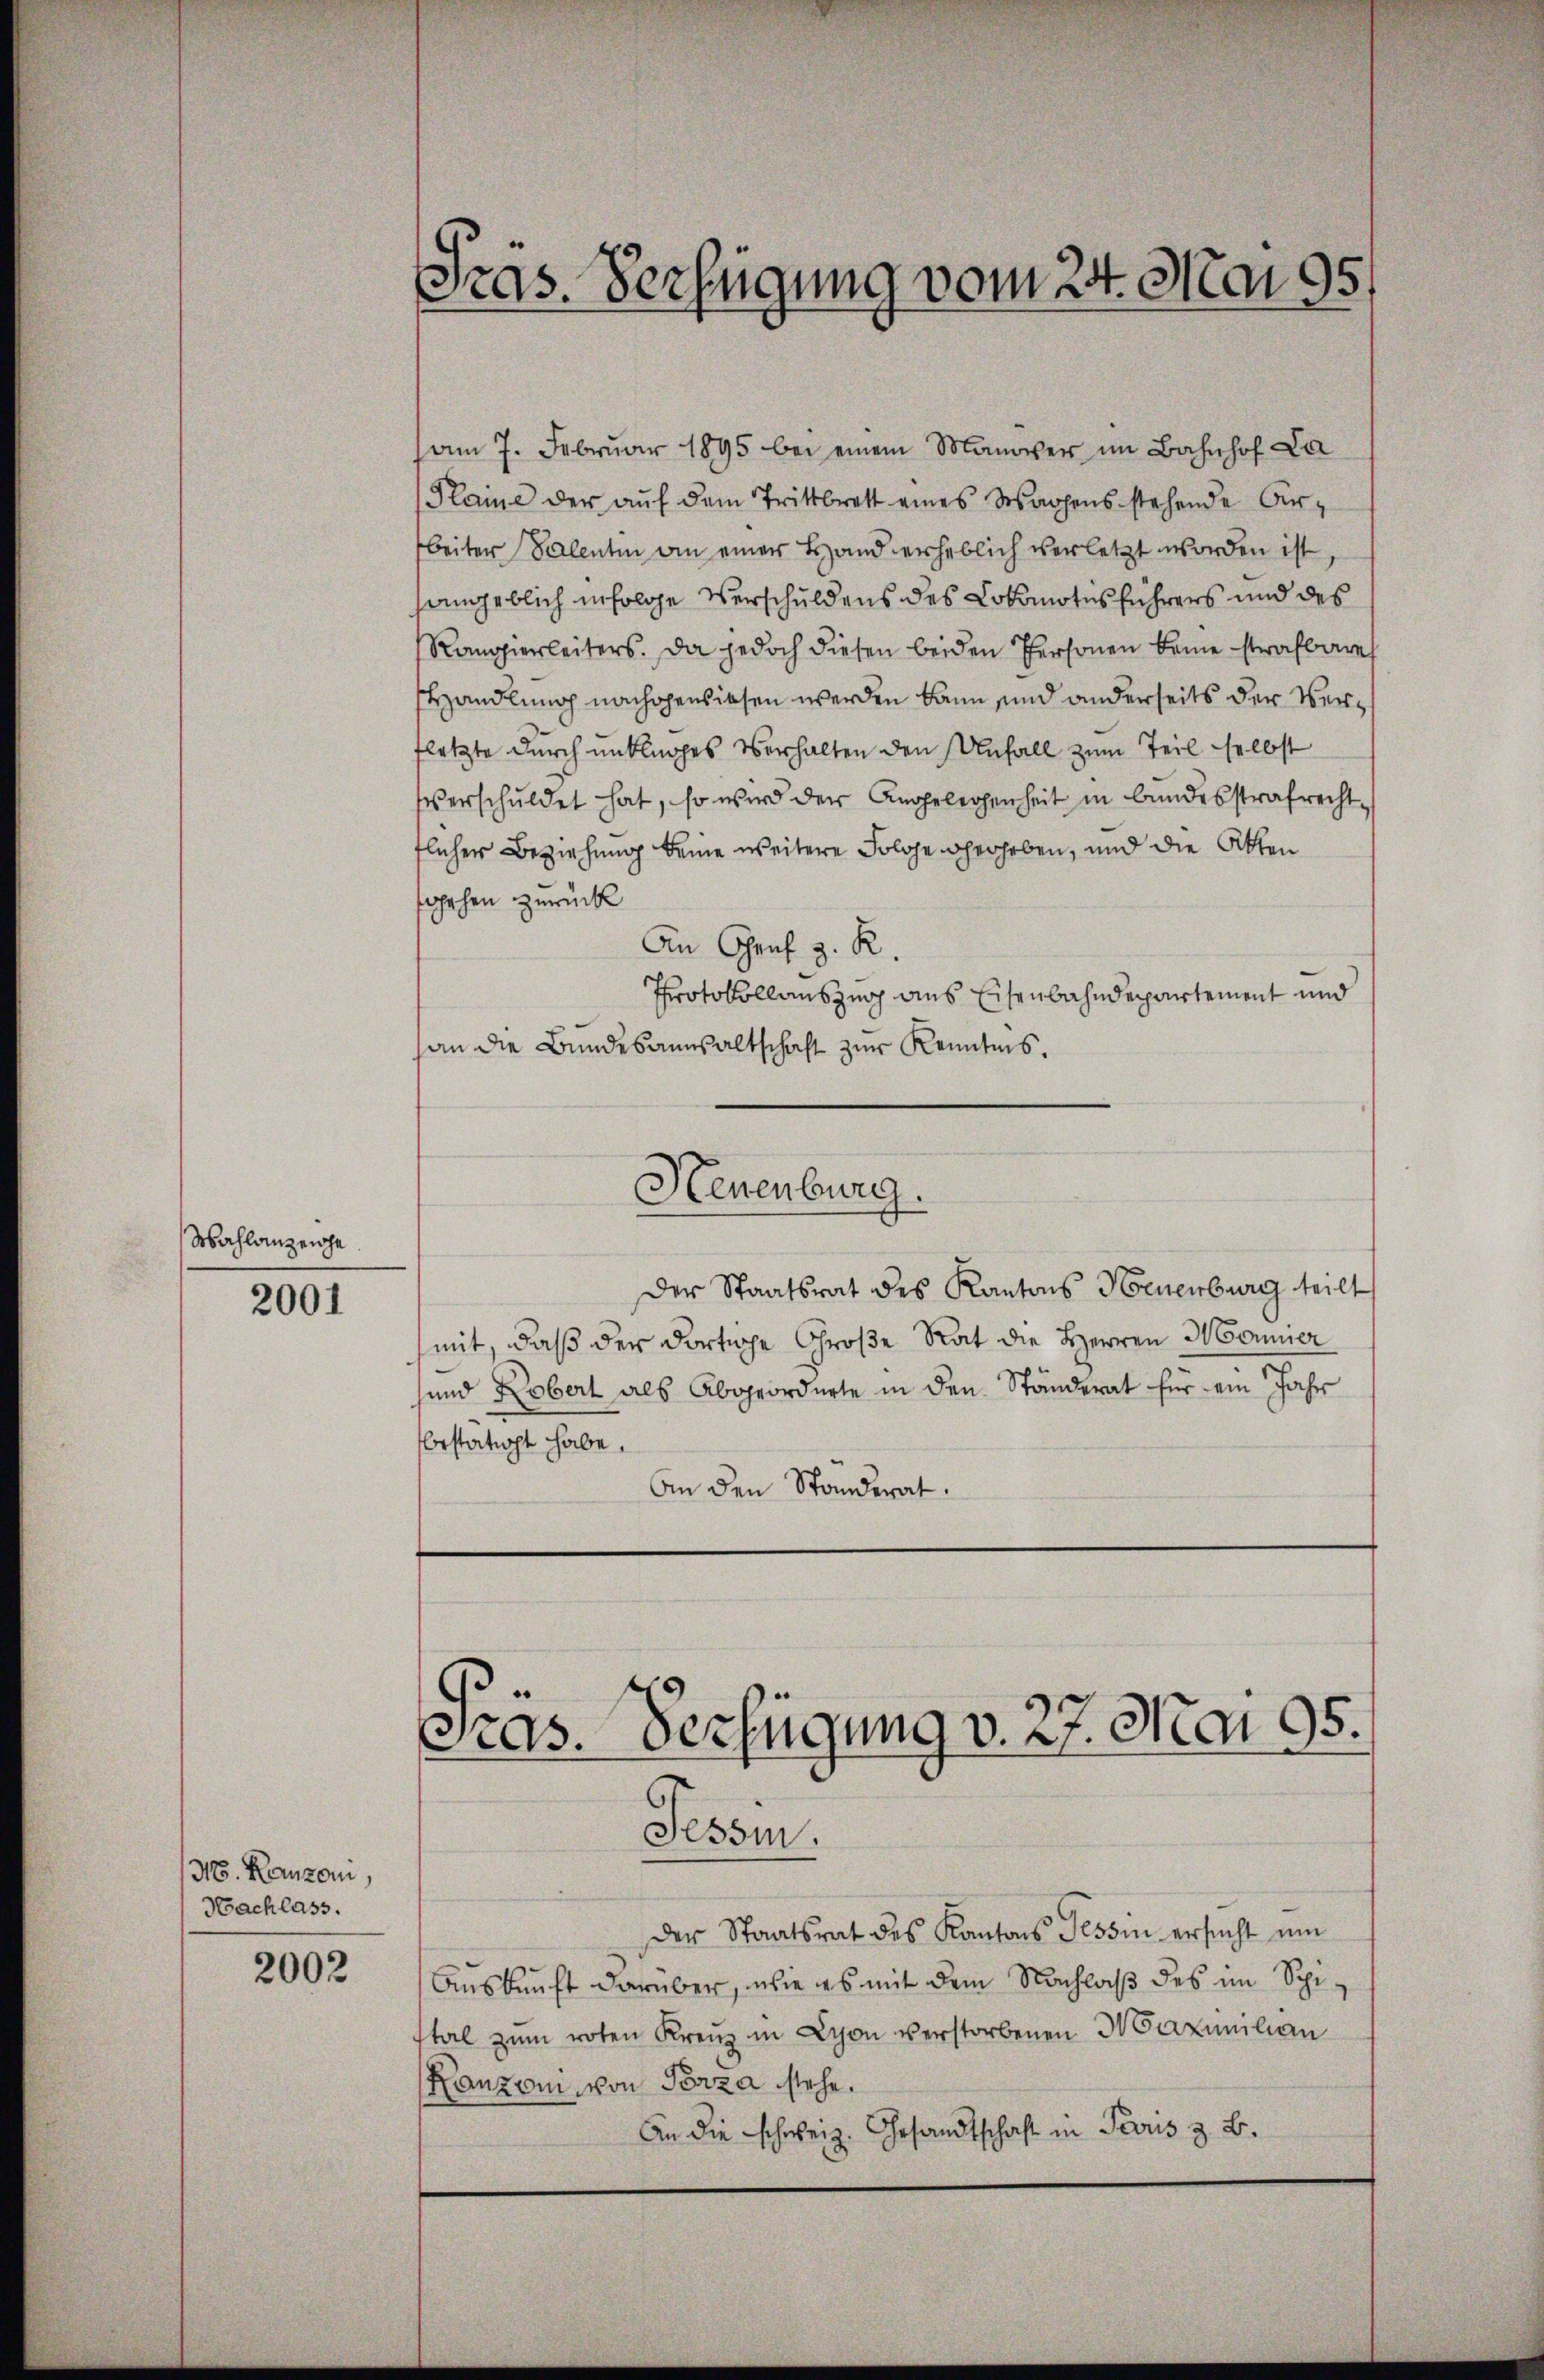
Mahlanzenhe

2001

N. Kanzon,
Nachlass.

2002

am 7. Febrŭar 1895 bei einem Manover im Bahnhof La
Plaine der aŭf dem Trittbrett eines Wagens stehende Arbeiter Valentin an einer Hand erheblich verletzt worden ist,
sangeblich infolge Verschuldens des Lokomotes führers und des
Rangierleiters. Da jedoch diesen beiden Personen keine strafbare
Handlung nachgewiesen werden kann sind anderseits der Verfletzte durch unklages Verhalten den Unfall zum Teil selbst
verschuldet hat, so wird der Angelegenheit in bundesstrafrecht,
flicher Beziehung keine weitere Solche herheben, und die Atten
sgehen zurück
An Graf z. R.
Protokollauszug aus Eisenbahndepartement und
an die Bundesanwaltschaft zur Kenntnis.
Neuenburg.
Der Staatsrat des Kantons Neuenburg teilt
mit, daß der dortige Große Rat die Herren Mormier
und Kobert als Abgeordnete in den Ständerat für ein Jahr
bestätigt habe.
An den Standerat.

Pras. Verfügung vom 24. Mai 95.

Verfügung v. 27. Mai 95.
Præs

Tessin.
der Staatsrat des Kantons Tessin ersucht um
Auskunft darüber, wie es mit dem Nachlaß des im Spital zum roten Kreŭz in Schon verstorbenen Maximilien
Kanzoni, von Porza stehe.
An die schweiz. Gesandtschaft in Paris z. B.